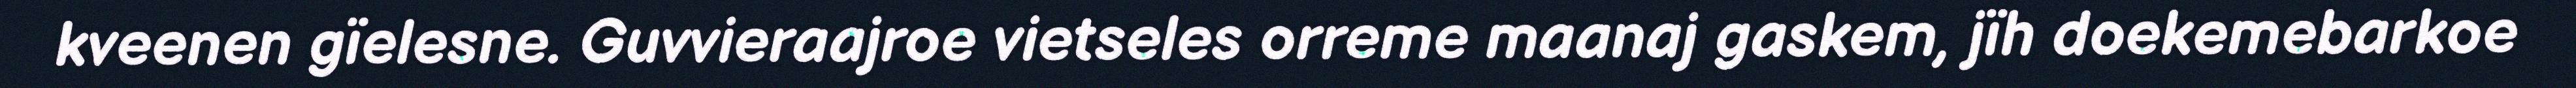
kveenen gïelesne. Guvvieraajroe vietseles orreme maanaj gaskem, jïh doekemebarkoe